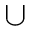
\cup